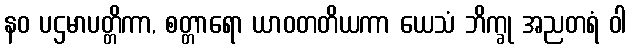
နဝ ပဌမာပတ္တိကာ, စတ္တာရော ယာဝတတိယကာ ယေသံ ဘိက္ခု အညတရံ ဝါ